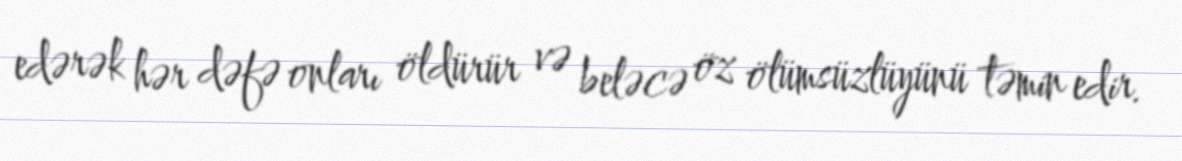
edərək hər dəfə onları öldürür və beləcə öz ölümsüzlüyünü təmin edir.